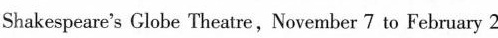
Shakespeare's Globe Theatre,November 7 to February 2